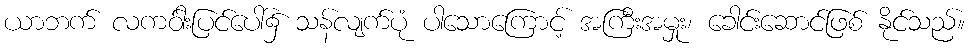
ယာဘက် လကဝ်ါးပြင်ပေါ်၌ သန်လျက်ပုံ ပါသောကြောင့် အကြီးအမှုး၊ ခေါင်းဆောင်ဖြစ် နိုင်သည်။